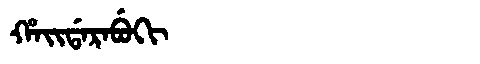
Manchu: ᡥᠠᡳᡩᠠᡵᠠᠪᡠᡴᡳ
Romanization: HAIDARABUKI